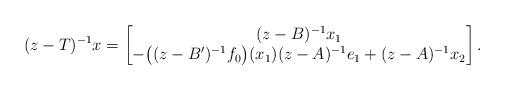
LaTeX: \begin{align*}(z-T)^{-1}x=\begin{bmatrix} (z-B)^{-1}x_1\\ -\big((z-B')^{-1}f_0\big)(x_1)(z-A)^{-1}e_1+(z-A)^{-1}x_2\end{bmatrix}.\end{align*}